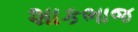
શાકભાજ